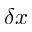
\delta x